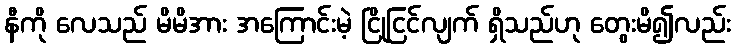
နီကို လေသည် မိမိအား အကြောင်းမဲ့ ငြိုငြင်လျက် ရှိသည်ဟု တွေးမိ၍လည်း